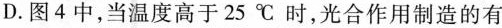
D.图4中，当温度高于25℃时，光合作用制造的有